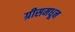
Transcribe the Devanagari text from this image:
ग्रीसमधून